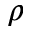
\rho